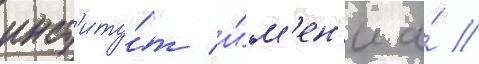
инст'иту́т и́м'ен'и а́ //